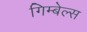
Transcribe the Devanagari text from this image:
गिम्बेल्स